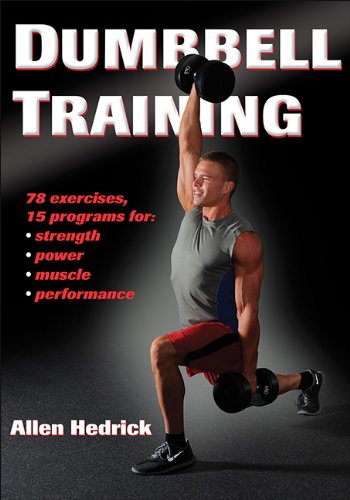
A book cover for Dumbbell Training; Allen Hedrick; Health, Fitness & Dieting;